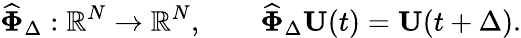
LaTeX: \widehat{\mathbf\Phi}_{\Delta}:\mathbb R^{N}\rightarrow\mathbb R^{N},\qquad\widehat{\mathbf\Phi}_{\Delta}{\mathbf U}(t)={\mathbf U}(t+\Delta).